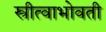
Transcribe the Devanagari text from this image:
स्त्रीत्वाभोवती